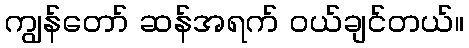
ကျွန်တော် ဆန်အရက် ဝယ်ချင်တယ်။